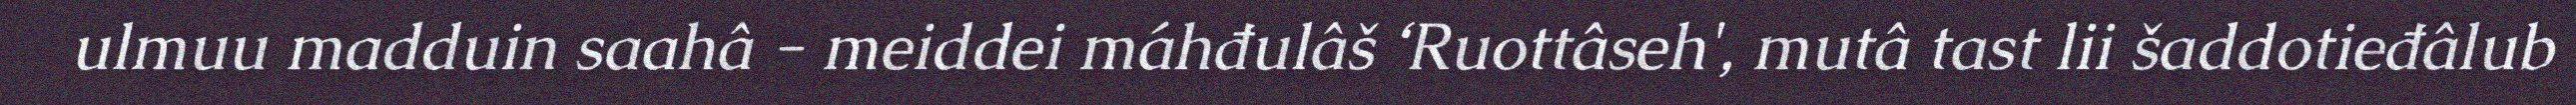
ulmuu madduin saahâ - meiddei máhđulâš ‘Ruottâseh', mutâ tast lii šaddotieđâlub